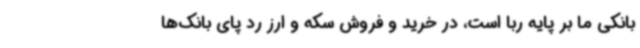
بانکی ما بر پایه ربا است، در خرید و فروش سکه و ارز رد پای بانک‌ها